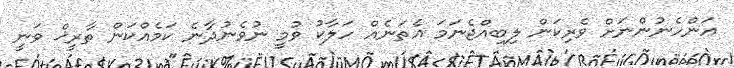
އަންހެނުންނަށް ވެރިކަން ލިބިއްޖެނަމަ އެތަނެއް ހަލާކު ވުމީ ނުވެނުދާނެ ކަމެއްކަން ތާރީޚް ވަނީ